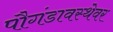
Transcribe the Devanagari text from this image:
पौगंडावस्थेवर